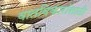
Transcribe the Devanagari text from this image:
वातविकारांसाठी